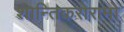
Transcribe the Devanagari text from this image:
शान्तिकरोरामो